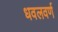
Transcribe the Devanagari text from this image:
धवलवर्ण